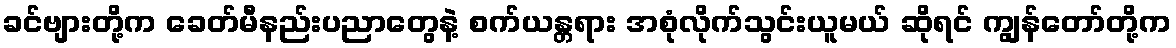
ခင်ဗျားတို့က ခေတ်မီနည်းပညာတွေနဲ့ စက်ယန္တရား အစုံလိုက်သွင်းယူမယ် ဆိုရင် ကျွန်တော်တို့က